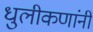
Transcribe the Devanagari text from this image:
धुलीकणांनी